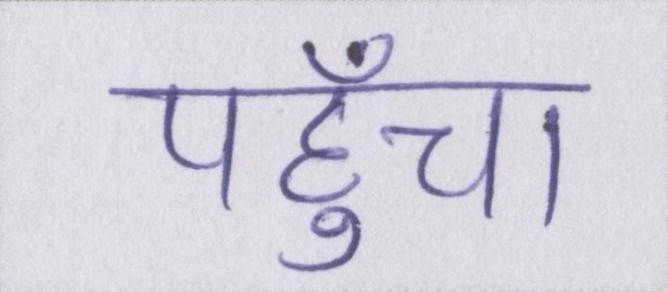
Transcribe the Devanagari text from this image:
पहुँचा